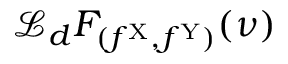
\mathcal { L } _ { d } F _ { ( f ^ { \mathrm { X } } , f ^ { \mathrm { Y } } ) } ( \nu )